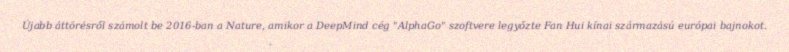
Újabb áttörésről számolt be 2016-ban a Nature, amikor a DeepMind cég "AlphaGo" szoftvere legyőzte Fan Hui kínai származású európai bajnokot.